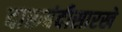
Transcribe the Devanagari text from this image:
दारूबंदीसारखे